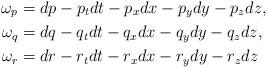
LaTeX: \begin{align*} \omega_p &= dp-p_t dt-p_x dx-p_y dy-p_z dz, \\ \omega_q &= dq-q_t dt-q_x dx-q_y dy-q_z dz, \\ \omega_r &= dr-r_t dt-r_x dx-r_y dy-r_z dz\end{align*}